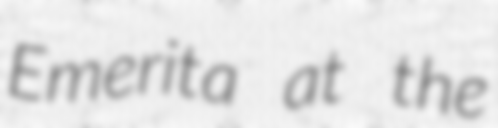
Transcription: Emerita at the